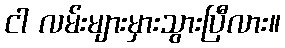
ငါ လမ်းများမှားသွားပြီလား။